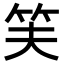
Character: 𬔮